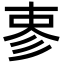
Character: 𪫈